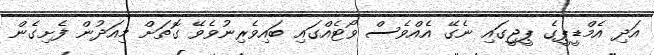
އަދި އެމްޑީޕީގެ ޕީޖީގައި ނެގޭ އެއްވެސް ވޯޓެއްގައި ބައިވެރިނުވެވޭ ގޮތަށް މިއަދުން ފެށިގެން